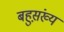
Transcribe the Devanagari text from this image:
बहुस़़ंख्य